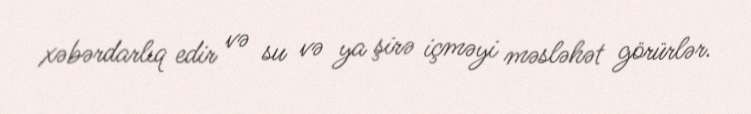
xəbərdarlıq edir və su və ya şirə içməyi məsləhət görürlər.